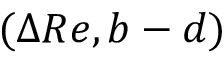
( \Delta R e , b - d )